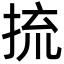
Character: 㧧